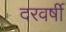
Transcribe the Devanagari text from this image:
दरवर्षी